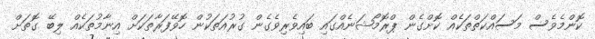
ކޮންމެވެސް މަސައްކަތްތަކެއް ކޮށްގެން ޕްރޮމޯޝަނެއްގައި ބައިވެރިވެގެން ގުރުއަތަކުން ހޮވޭފަރާތަކަށް އިނާމުތަކެއް ލިބޭ ގޮތަށް